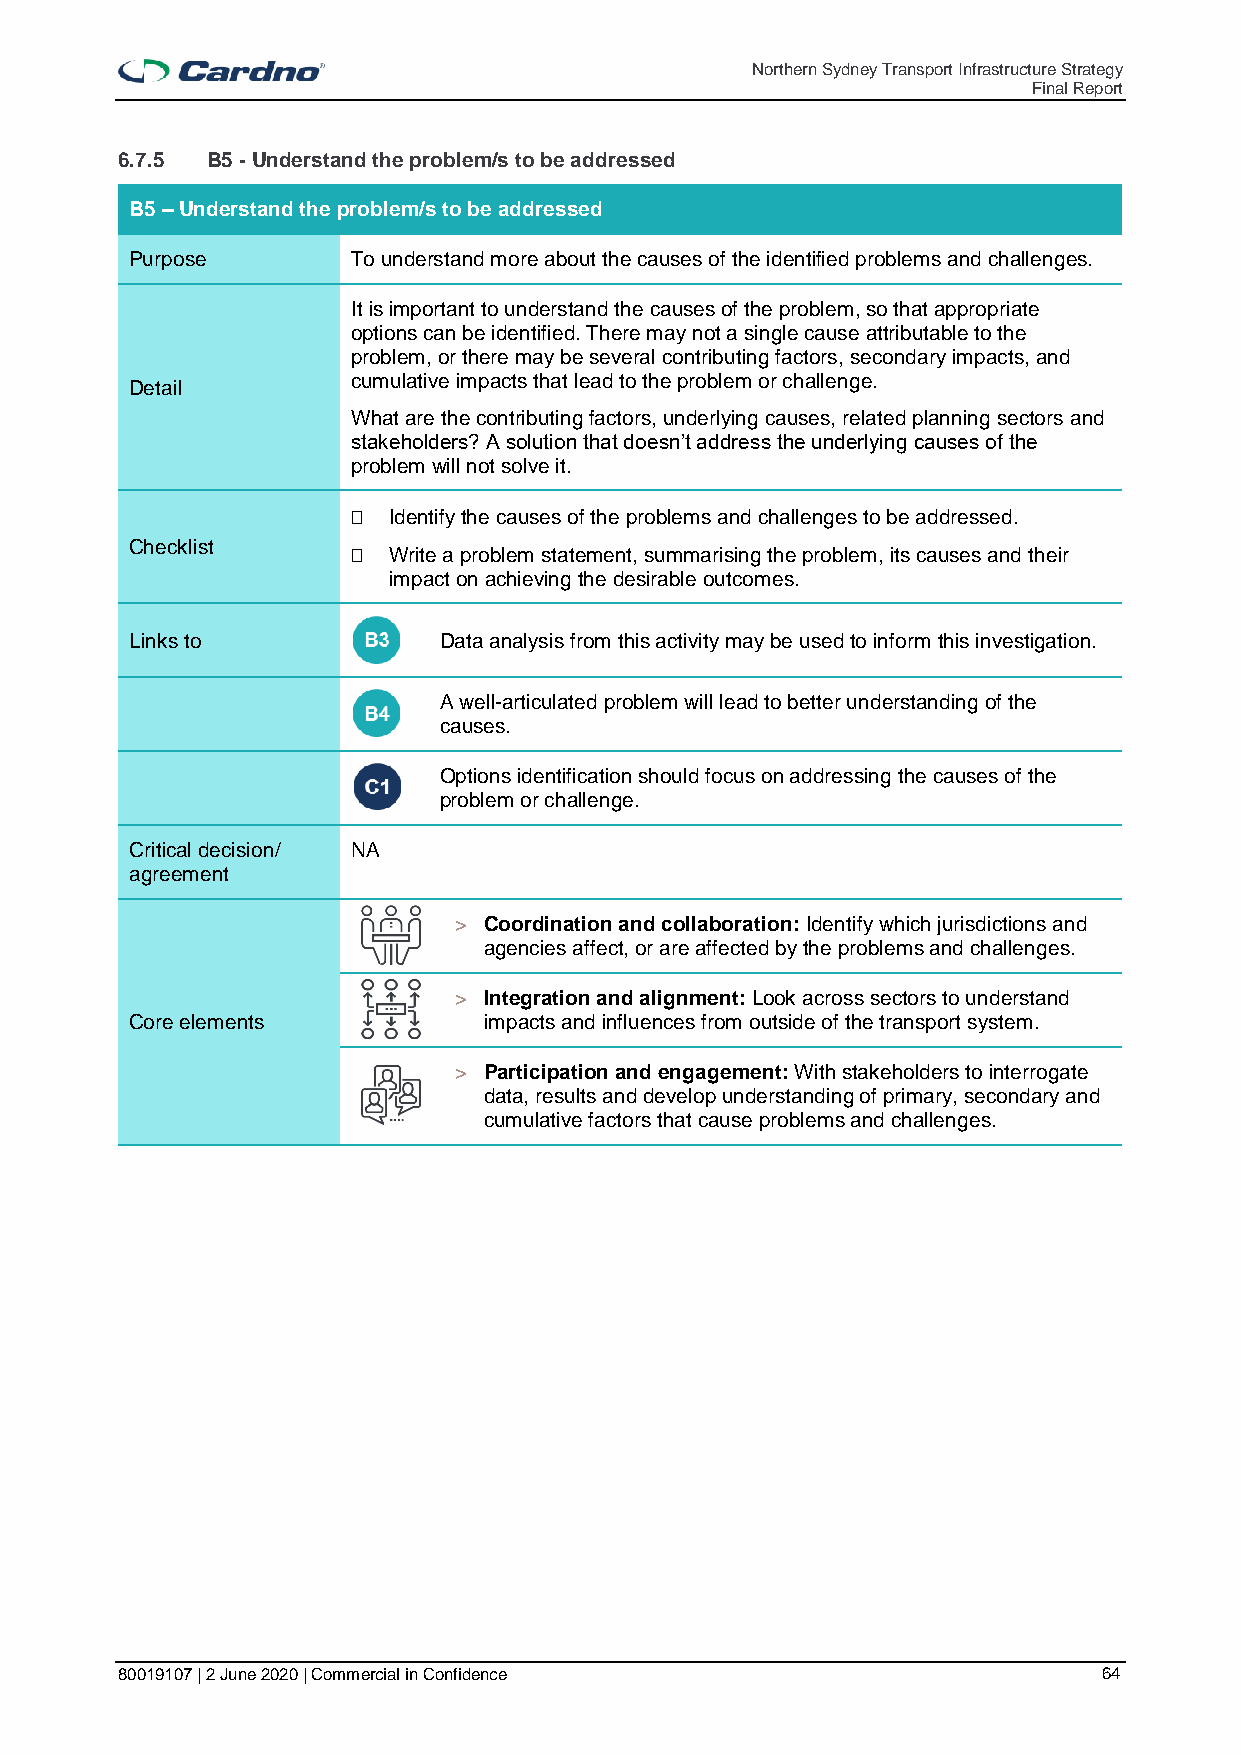
Northern Sydney Transport Infrastructure Strategy
 Final Report
 6.7.5 B5 - Understand the problem/s to be addressed
 B5 – Understand the problem/s to be addressed
 Purpose       To understand more about the causes of the identified problems and challenges.
 It is important to understand the causes of the problem, so that appropriate
 options can be identified. There may not a single cause attributable to the
 problem, or there may be several contributing factors, secondary impacts, and
 Detail        cumulative impacts that lead to the problem or challenge.
 What are the contributing factors, underlying causes, related planning sectors and
 stakeholders? A solution that doesn’t address the underlying causes of the
 problem will not solve it.
   Identify the causes of the problems and challenges to be addressed.
 Checklist
   Write a problem statement, summarising the problem, its causes and their
 impact on achieving the desirable outcomes.
 Links to            Data analysis from this activity may be used to inform this investigation.
 A well-articulated problem will lead to better understanding of the
 causes.
 Options identification should focus on addressing the causes of the
 problem or challenge.
 Critical decision/ NA
 agreement
 > Coordination and collaboration: Identify which jurisdictions and
 agencies affect, or are affected by the problems and challenges.
 > Integration and alignment: Look across sectors to understand
 Core elements          impacts and influences from outside of the transport system.
 > Participation and engagement: With stakeholders to interrogate
 data, results and develop understanding of primary, secondary and
 cumulative factors that cause problems and challenges.
 80019107 | 2 June 2020 | Commercial in Confidence                64